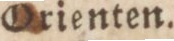
Orienten